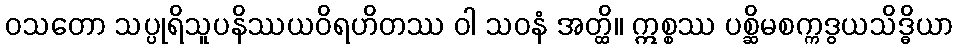
ဝသတော သပ္ပုရိသူပနိဿယဝိရဟိတဿ ဝါ သဝနံ အတ္ထိ။ ဣစ္စဿ ပစ္ဆိမစက္ကဒွယသိဒ္ဓိယာ